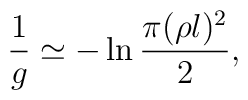
\frac{1}{g}\simeq -\ln \frac{\pi(\rho l)^2}{2} ,